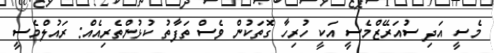
މެސީ އަދި ސުއަރޭޒްމެސީ އަކީ ހުރިހާ ގޮތަކުން ވެސް ތަފާތު ކުޅުންތެރިއެއް: ރައުލްމެސީ